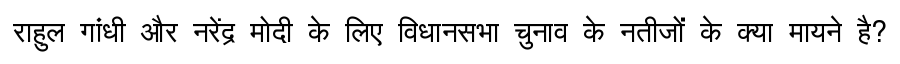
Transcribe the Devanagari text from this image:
राहुल गांधी और नरेंद्र मोदी के लिए विधानसभा चुनाव के नतीजों के क्या मायने है?